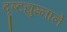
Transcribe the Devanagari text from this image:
दृष्टद्युम्नाने